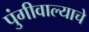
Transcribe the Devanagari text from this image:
पुंगीवाल्याचे